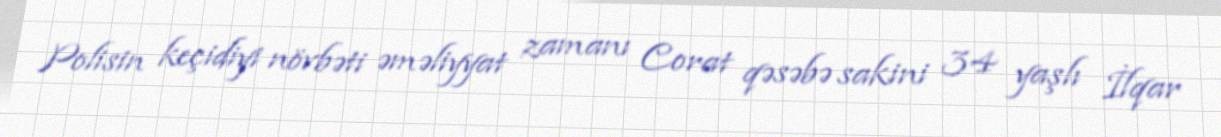
Polisin keçidiyi növbəti əməliyyat zamanı Corat qəsəbə sakini 34 yaşlı İlqar